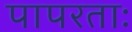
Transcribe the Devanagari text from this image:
पापरताः